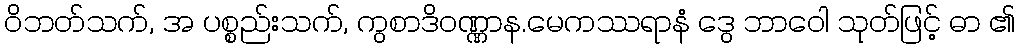
ဝိဘတ်သက်, အ ပစ္စည်းသက်, ကွစာဒိဝဏ္ဏာန.မေကဿရာနံ ဒွေ ဘာဝေါ သုတ်ဖြင့် ဓာ ၏